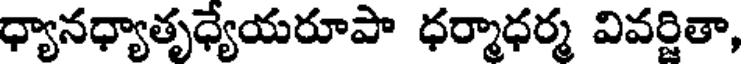
ధ్యానధ్యాతృధ్యేయరూపా ధర్మాధర్మ వివర్జితా,